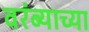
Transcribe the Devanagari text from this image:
वरंब्याच्या